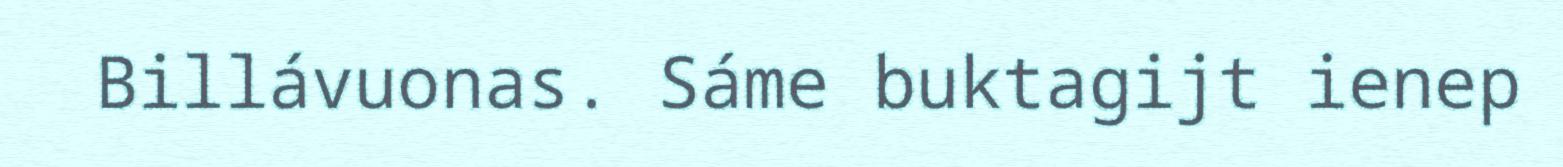
Billávuonas. Sáme buktagijt ienep